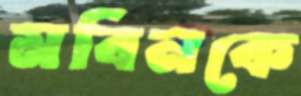
মবিনকে